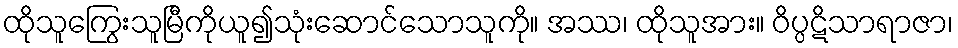
ထိုသူကြွေးသူမြီကိုယူ၍သုံးဆောင်သောသူကို။ အဿ၊ ထိုသူအား။ ဝိပ္ပဋိသာရာဇာ၊